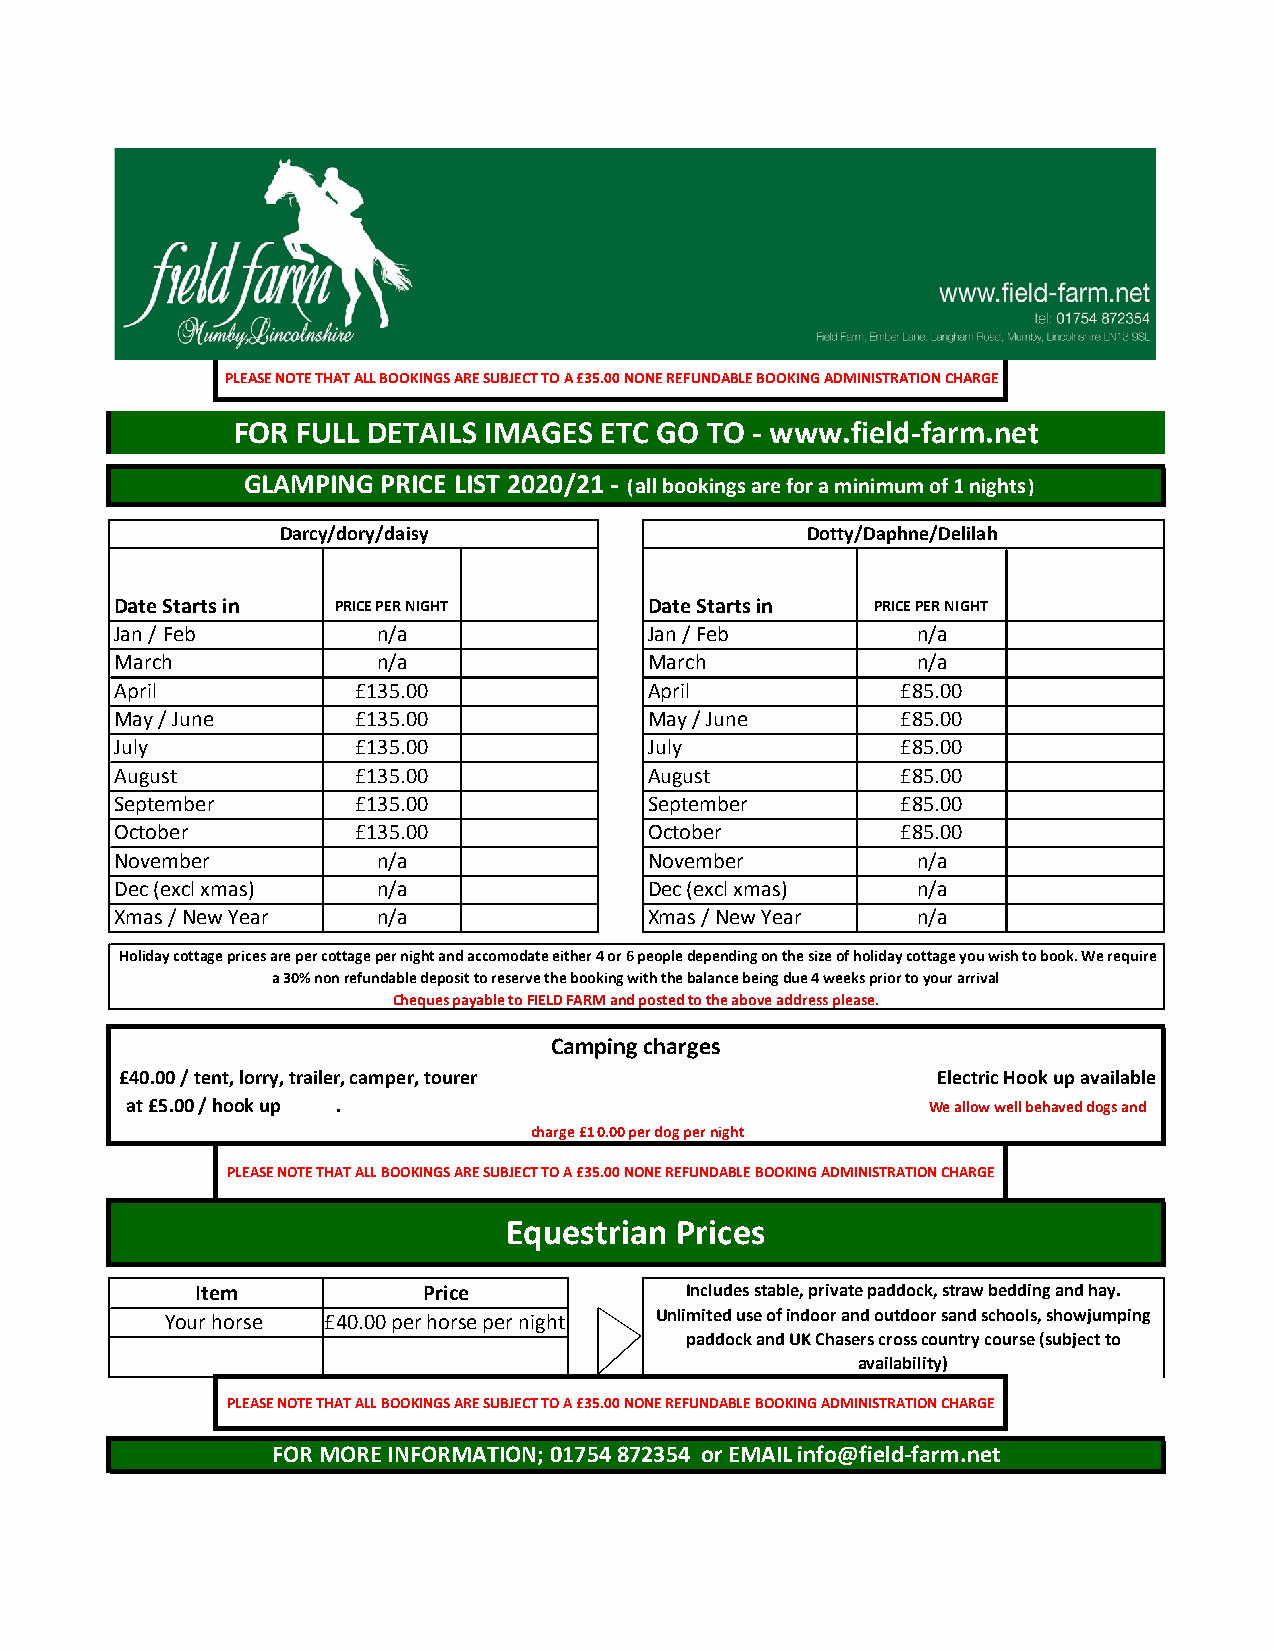
PLEASE NOTE THAT ALL BOOKINGS ARE SUBJECT TO A £35.00 NONE REFUNDABLE BOOKING ADMINISTRATION CHARGE
 FOR  FULL DETAILS IMAGES ETC GO TO - www.field-farm.net
 GLAMPING PRICE LIST 2020/21 - (all bookings are for a minimum of 1 nights)
 Darcy/dory/daisy                  Dotty/Daphne/Delilah
 Date Starts in PRICE PER NIGHT     Date Starts in PRICE PER NIGHT
 Jan / Feb        n/a               Jan / Feb         n/a
 March            n/a               March             n/a
 April          £135.00             April            £85.00
 May / June     £135.00             May / June       £85.00
 July           £135.00             July             £85.00
 August         £135.00             August           £85.00
 September      £135.00             September        £85.00
 October        £135.00             October          £85.00
 November         n/a               November          n/a
 Dec (excl xmas)  n/a               Dec (excl xmas)   n/a
 Xmas / New Year  n/a               Xmas / New Year   n/a
 Holiday cottage prices are per cottage per night and accomodate either 4 or 6 people depending on the size of holiday cottage you wish to book. We require
 a 30% non refundable deposit to reserve the booking with the balance being due 4 weeks prior to your arrival
 Cheques payable to FIELD FARM and posted to the above address please.
 Camping charges
 £40.00 / tent, lorry, trailer, camper, tourer         Electric Hook up available
 at £5.00 / hook up .                                 We allow well behaved dogs and
 charge £10.00 per dog per night
 PLEASE NOTE THAT ALL BOOKINGS ARE SUBJECT TO A £35.00 NONE REFUNDABLE BOOKING ADMINISTRATION CHARGE
 Equestrian Prices
 Item           Price            Includes stable, private paddock, straw bedding and hay.
 Your horse £40.00 per horse per night Unlimited use of indoor and outdoor sand schools, showjumping
 paddock and UK Chasers cross country course (subject to
 availability)
 PLEASE NOTE THAT ALL BOOKINGS ARE SUBJECT TO A £35.00 NONE REFUNDABLE BOOKING ADMINISTRATION CHARGE
 FOR MORE INFORMATION; 01754 872354 or EMAIL info@field-farm.net